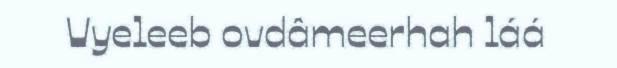
Vyeleeb ovdâmeerhah láá